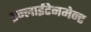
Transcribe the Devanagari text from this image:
इन्लाईटेनमेन्ट